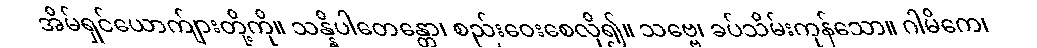
အိမ်ရှင်ယောက်ျားတို့ကို။ သန္နိပါတေန္တော၊ စည်းဝေးစေလို၍။ သဗ္ဗေ၊ ခပ်သိမ်းကုန်သော။ ဂါမိကေ၊